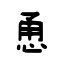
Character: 恿